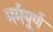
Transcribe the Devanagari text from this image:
मर्मपूर्ण